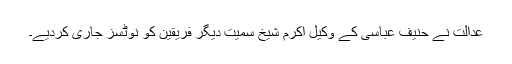
عدالت نے حنیف عباسی کے وکیل اکرم شیخ سمیت دیگر فریقین کو نوٹسز جاری کردیے۔